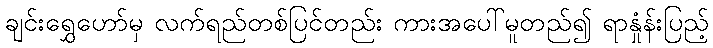
ချင်းရွှေဟော်မှ လက်ရည်တစ်ပြင်တည်း ကားအပေါ်မူတည်၍ ရာနှုံန်းပြည့်